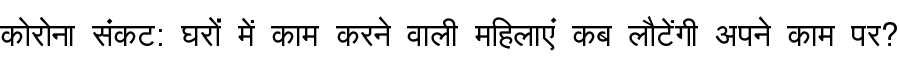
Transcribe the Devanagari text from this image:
कोरोना संकट: घरों में काम करने वाली महिलाएं कब लौटेंगी अपने काम पर?